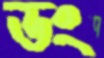
ডং